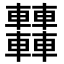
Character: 𨏿